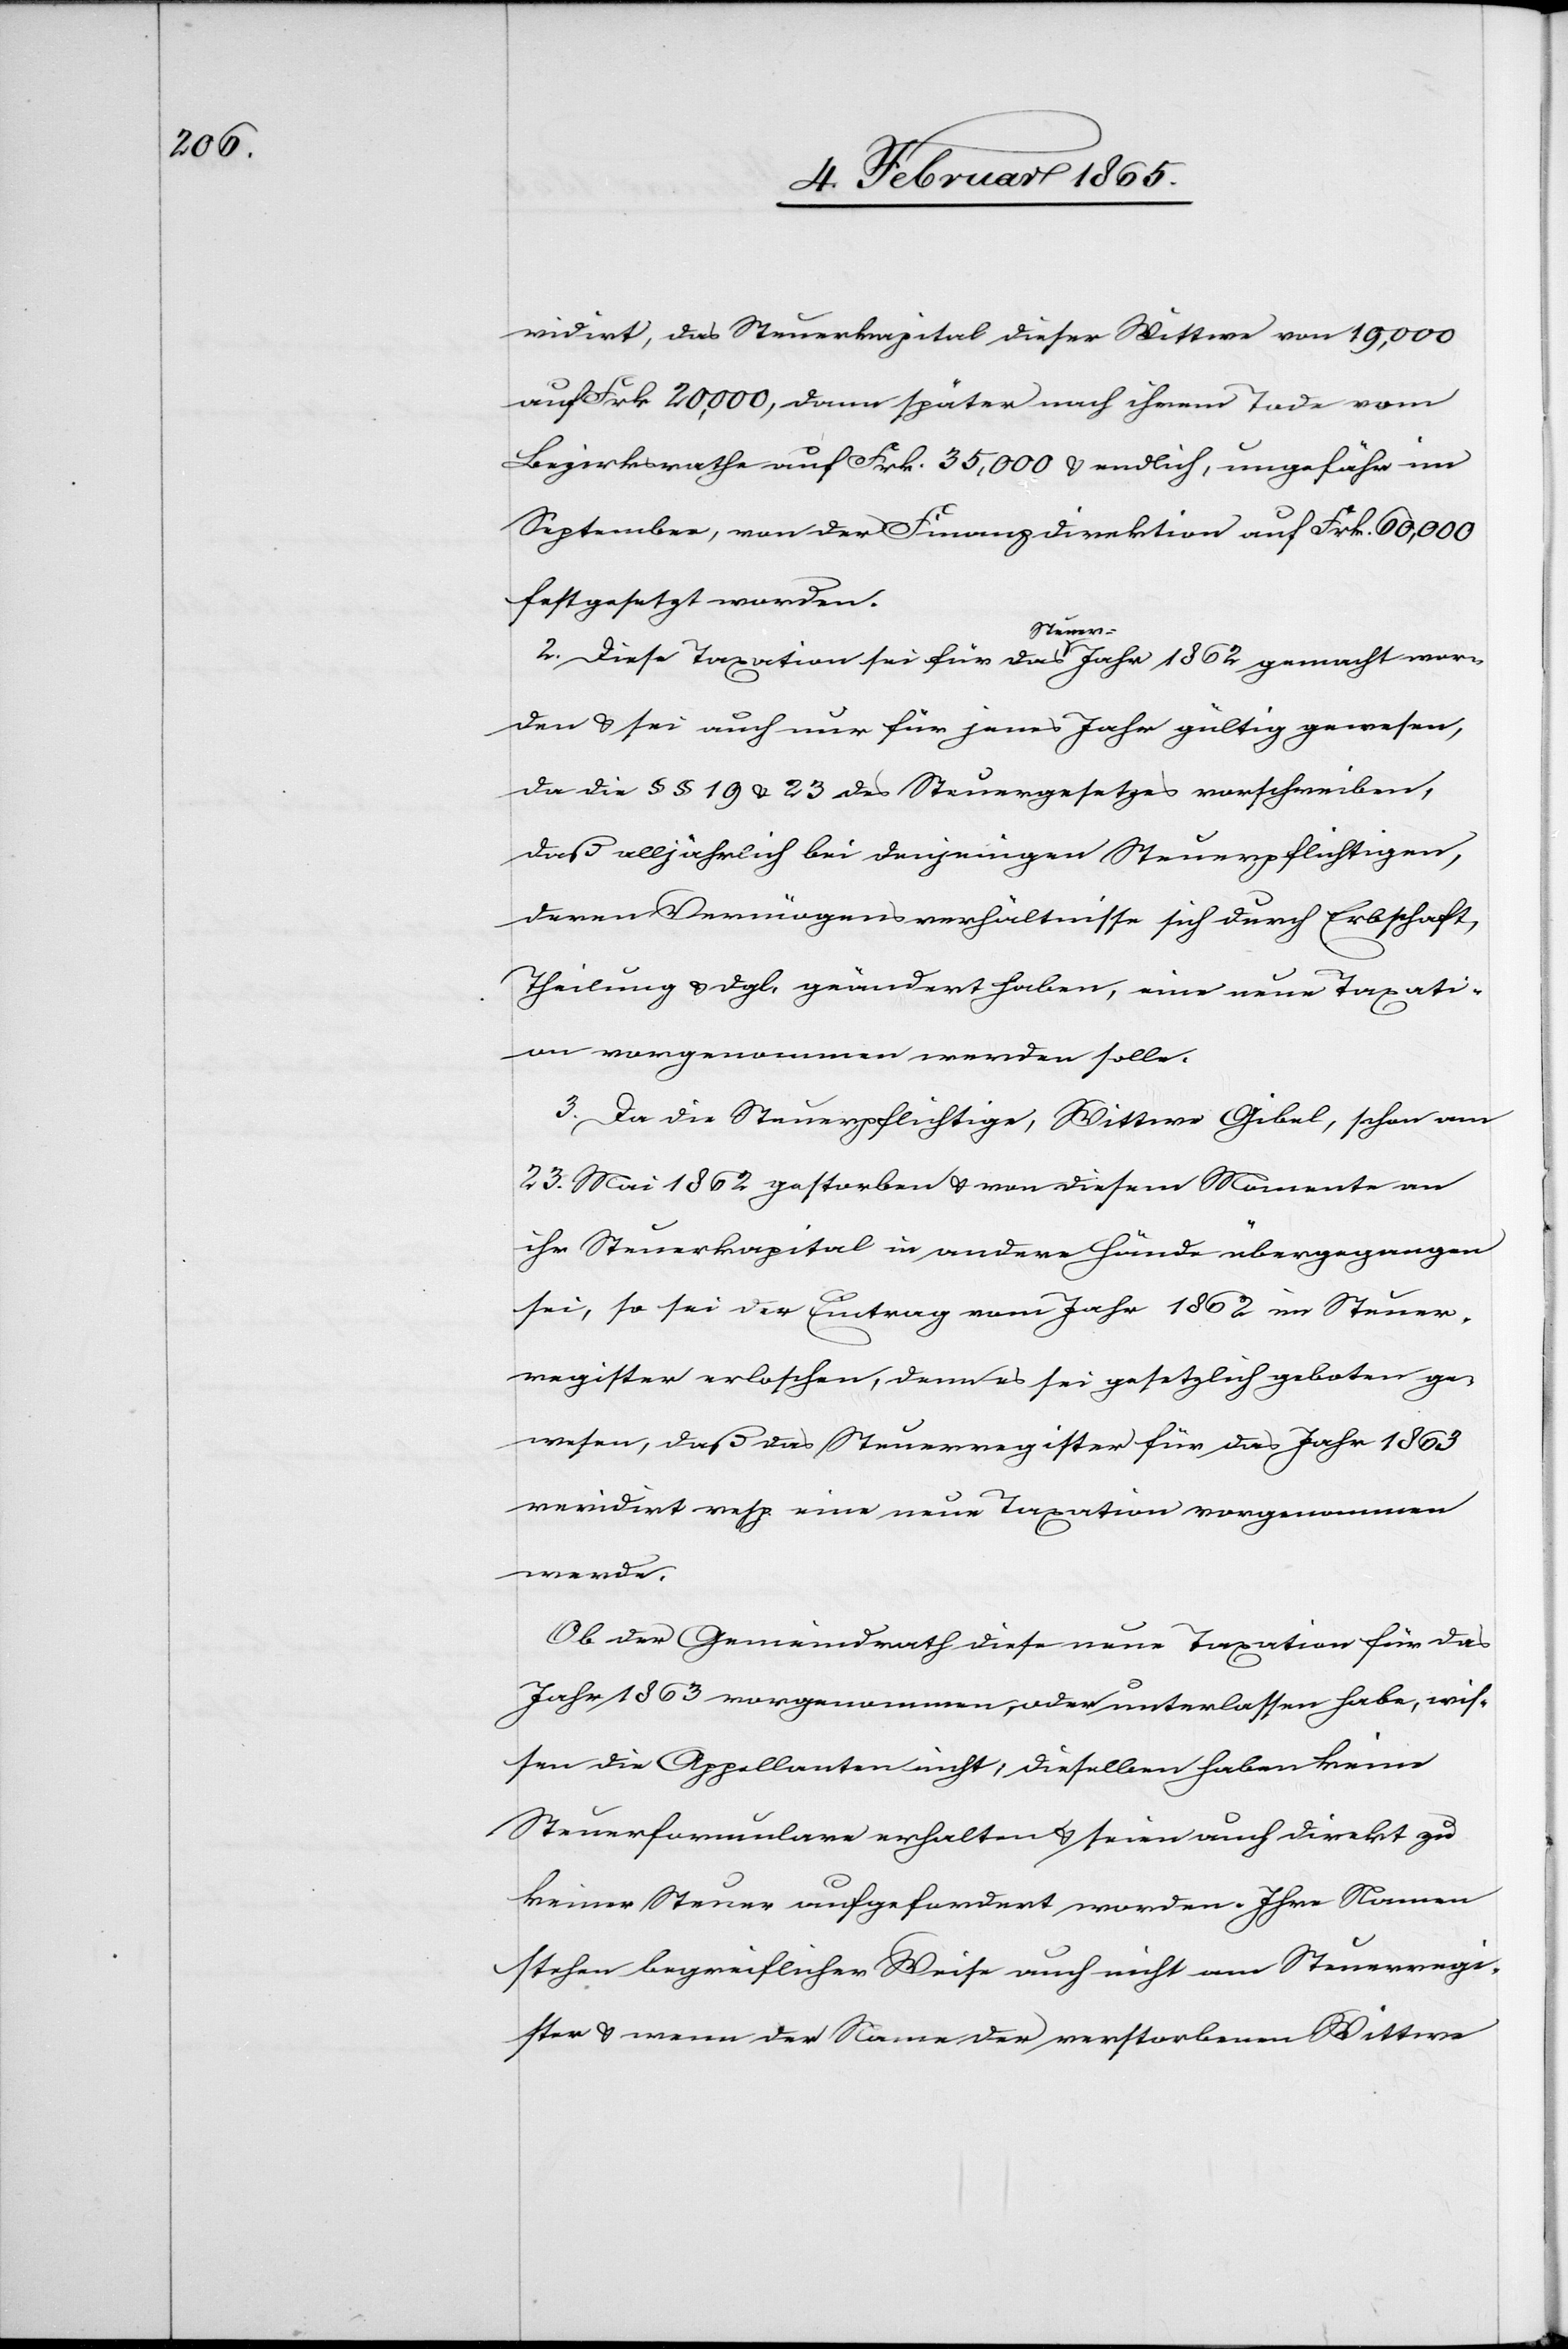
vidirt, das Steuerkapital dieser Wittwe von 19,000
auf Frk 20,000, dann später nach ihrem Tode vom
Bezirksrathe auf Frk. 35,000 u. endlich, ungefähr im
September, von der Finanzdirektion auf Frk. 60,000
festgesetzt worden.
2. Diese Taxation sei für das Steuer-Jahr 1862 gemacht wor¬
den u. sei auch nur für jenes Jahr gültig gewesen,
da die § § 19 u. 23 des Steuergesetzes vorschreiben,
daß alljährlich bei denjenigen Steuerpflichtigen,
deren Vermögensverhältnisse sich durch Erbschaft,
Theilung u. dgl. geändert haben, eine neue Taxati¬
on vorgenommen werden solle.
3. Da die Steuerpflichtige, Wittwe Gibel, schon am
23. Mai 1862 gestorben u. von diesem Momente an
ihr Steuerkapital in andere Hände übergegangen
sei, so sei der Eintrag vom Jahr 1862 im Steuer¬
register erloschen, denn es sei gesetzlich geboten ge¬
wesen, daß das Steuerregister für das Jahr 1863
revidirt resp. eine neue Taxation vorgenommen
werde.
Ob der Gemeindrath diese neue Taxation für das
Jahr 1863 vorgenommen, oder unterlassen habe, wis¬
sen die Appellanten nicht, dieselben haben keine
Steuerformulare erhalten u. seien auch direkt zu
keiner Steuer aufgefordert worden. Ihre Namen
stehen begreiflicher Weise auch nicht am Steuerregi¬
ster u. wenn der Name der verstorbenen Wittwe